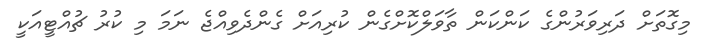
މިގޮތަށް ދަރިވަރުންގެ ކަންކަން ތާވަލްކޮށްގެން ކުރިއަށް ގެންދެވިއްޖެ ނަމަ މި ކުރު ޗުއްޓީއަކީ